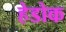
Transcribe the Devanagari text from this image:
हेडोक